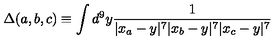
\Delta ( a , b , c ) \equiv \int d ^ { 9 } y { \frac { 1 } { | x _ { a } - y | ^ { 7 } | x _ { b } - y | ^ { 7 } | x _ { c } - y | ^ { 7 } } }